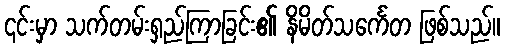
၎င်းမှာ သက်တမ်းရှည်ကြာခြင်း၏ နိမိတ်သင်္ကေတ ဖြစ်သည်။